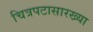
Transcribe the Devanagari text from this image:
चित्रपटासारख्या